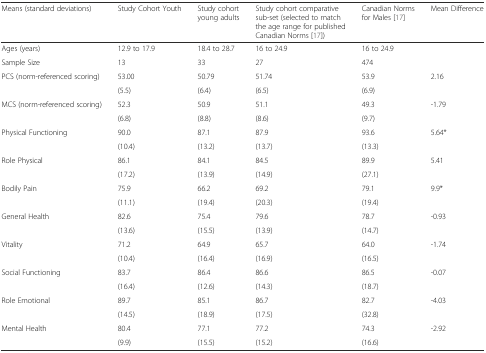
<table><thead><tr><td><b>Means (standard deviations)</b></td><td><b>Study Cohort Youth</b></td><td><b>Study cohort young adults</b></td><td><b>Study cohort comparative sub-set (selected to match the age range for published Canadian Norms [17])</b></td><td><b>Canadian Norms for Males [17]</b></td><td><b>Mean Difference</b></td></tr></thead><tbody><tr><td>Ages (years)</td><td>12.9 to 17.9</td><td>18.4 to 28.7</td><td>16 to 24.9</td><td>16 to 24.9</td><td></td></tr><tr><td>Sample Size</td><td>13</td><td>33</td><td>27</td><td>474</td><td></td></tr><tr><td rowspan="2">PCS (norm-referenced scoring)</td><td>53.00</td><td>50.79</td><td>51.74</td><td>53.9</td><td rowspan="2">2.16</td></tr><tr><td>(5.5)</td><td>(6.4)</td><td>(6.5)</td><td>(6.9)</td></tr><tr><td rowspan="2">MCS (norm-referenced scoring)</td><td>52.3</td><td>50.9</td><td>51.1</td><td>49.3</td><td rowspan="2">-1.79</td></tr><tr><td>(6.8)</td><td>(8.8)</td><td>(8.6)</td><td>(9.7)</td></tr><tr><td rowspan="2">Physical Functioning</td><td>90.0</td><td>87.1</td><td>87.9</td><td>93.6</td><td rowspan="2">5.64*</td></tr><tr><td>(10.4)</td><td>(13.2)</td><td>(13.7)</td><td>(13.3)</td></tr><tr><td rowspan="2">Role Physical</td><td>86.1</td><td>84.1</td><td>84.5</td><td>89.9</td><td rowspan="2">5.41</td></tr><tr><td>(17.2)</td><td>(13.9)</td><td>(14.9)</td><td>(27.1)</td></tr><tr><td rowspan="2">Bodily Pain</td><td>75.9</td><td>66.2</td><td>69.2</td><td>79.1</td><td rowspan="2">9.9*</td></tr><tr><td>(11.1)</td><td>(19.4)</td><td>(20.3)</td><td>(19.4)</td></tr><tr><td rowspan="2">General Health</td><td>82.6</td><td>75.4</td><td>79.6</td><td>78.7</td><td rowspan="2">-0.93</td></tr><tr><td>(13.6)</td><td>(15.5)</td><td>(13.9)</td><td>(14.7)</td></tr><tr><td rowspan="2">Vitality</td><td>71.2</td><td>64.9</td><td>65.7</td><td>64.0</td><td rowspan="2">-1.74</td></tr><tr><td>(10.4)</td><td>(16.4)</td><td>(16.9)</td><td>(16.5)</td></tr><tr><td rowspan="2">Social Functioning</td><td>83.7</td><td>86.4</td><td>86.6</td><td>86.5</td><td rowspan="2">-0.07</td></tr><tr><td>(16.4)</td><td>(12.6)</td><td>(14.3)</td><td>(18.7)</td></tr><tr><td rowspan="2">Role Emotional</td><td>89.7</td><td>85.1</td><td>86.7</td><td>82.7</td><td rowspan="2">-4.03</td></tr><tr><td>(14.5)</td><td>(18.9)</td><td>(17.5)</td><td>(32.8)</td></tr><tr><td rowspan="2">Mental Health</td><td>80.4</td><td>77.1</td><td>77.2</td><td>74.3</td><td rowspan="2">-2.92</td></tr><tr><td>(9.9)</td><td>(15.5)</td><td>(15.2)</td><td>(16.6)</td></tr></tbody></table>